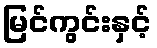
မြင်ကွင်းနှင့်